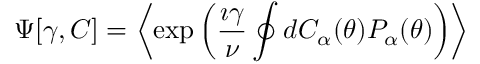
\Psi [ \gamma , C ] = \left\langle \exp \left( \frac { \imath \gamma } { \nu } \oint d C _ { \alpha } ( \theta ) P _ { \alpha } ( \theta ) \right) \right\rangle